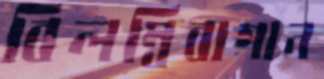
বিলম্বিবাগান